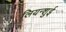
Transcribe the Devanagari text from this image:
लियन्शुई